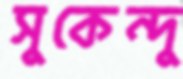
সুকেন্দু